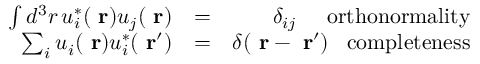
\begin{array} { r l r } { \int d ^ { 3 } r \, u _ { i } ^ { * } ( \mathrm { \bf ~ r } ) u _ { j } ( \mathrm { \bf ~ r } ) } & { = } & { \delta _ { i j } \; \; \; \; \; \mathrm { o r t h o n o r m a l i t y } } \\ { \sum _ { i } u _ { i } ( \mathrm { \bf ~ r } ) u _ { i } ^ { * } ( \mathrm { \bf ~ r } ^ { \prime } ) } & { = } & { \delta ( \mathrm { \bf ~ r } - \mathrm { \bf ~ r } ^ { \prime } ) \; \; \; \mathrm { c o m p l e t e n e s s } } \end{array}